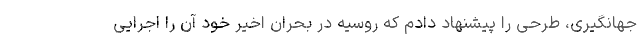
جهانگیری، طرحی را پیشنهاد دادم که روسیه در بحران اخیر خود آن را اجرایی